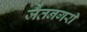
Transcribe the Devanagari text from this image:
जैतनगरी